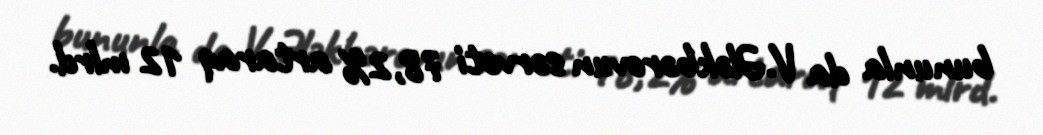
bununla da V.Ələkbərovun sərvəti 78,2% artaraq 12 mlrd.